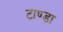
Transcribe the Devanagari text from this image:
टाण्‍डा